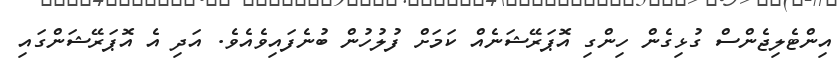
އިންޓެލިޖެންސް ގުޅިގެން ހިންގި އޮޕަރޭޝަނެއް ކަމަށް ފުލުހުން ބުނެފައިވެއެވެ. އަދި އެ އޮޕަރޭޝަންގައި